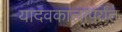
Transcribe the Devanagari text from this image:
यादवकालापर्यंत